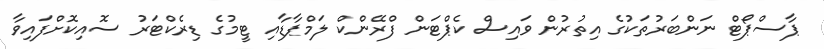
ޕާސްޕޯޓް ނަންބަރުތަކުގެ އިތުރުން ވައިސް ކެޕްޓަން ފްރޭންކް ލަމްޕާޑާއި ޓީމުގެ ޑިރެކްޓަރު ސޮއިކޮށްފައިވާ